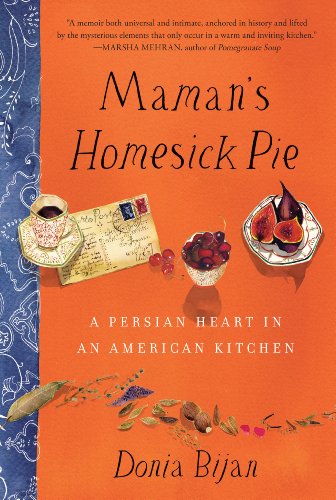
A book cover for Maman's Homesick Pie: A Persian Heart in an American Kitchen; Donia Bijan; Cookbooks, Food & Wine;